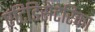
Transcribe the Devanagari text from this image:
एटिडिसेंटेरिका